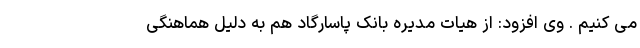
می کنیم . وی افزود: از هیات مدیره بانک پاسارگاد هم به دلیل هماهنگی